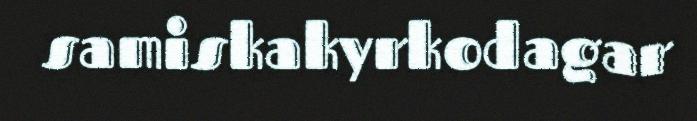
samiskakyrkodagar